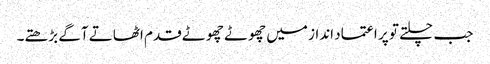
جب چلتے تو پر اعتماد انداز میں چھوٹے چھوٹے قدم اٹھاتے آگے بڑھتے۔